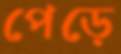
পেড়ে